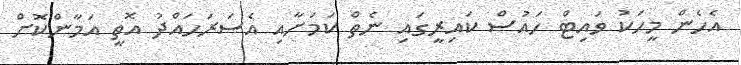
އެހެން މީހަކު ވައިޓް ހައުސް ކައިރީގައި ނެތް ކަމަށާއި އެސަރަހައްދު އޮތީ އަމާންކޮށް